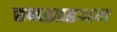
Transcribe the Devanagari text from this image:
एनझाइअम